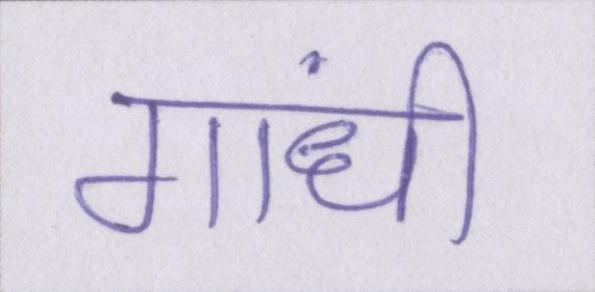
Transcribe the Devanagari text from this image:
गांधी